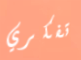
تفكري